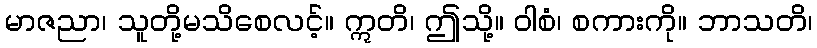
မာဇညာ၊ သူတို့မသိစေလင့်။ ဣတိ၊ ဤသို့။ ဝါစံ၊ စကားကို။ ဘာသတိ၊